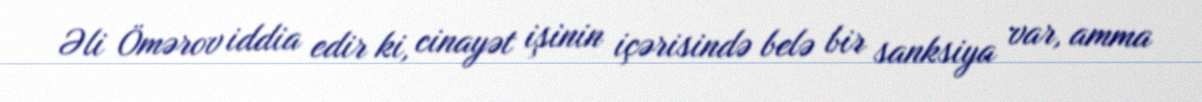
Əli Ömərov iddia edir ki, cinayət işinin içərisində belə bir sanksiya var, amma